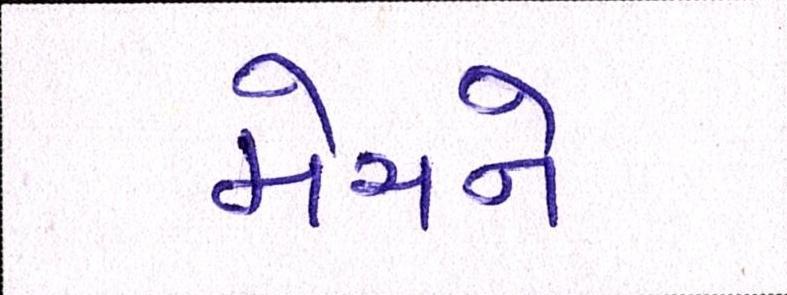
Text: મેચને